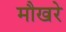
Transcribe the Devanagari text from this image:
मौखरे